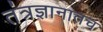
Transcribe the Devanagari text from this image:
तंत्रज्ञानातच